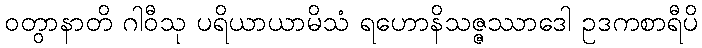
ဝတွာနာတိ ဂါဝီသု ပရိယာယာမိသံ ရဟောနိသဇ္ဇဿာဒေါ ဥဒကစာရီပိ